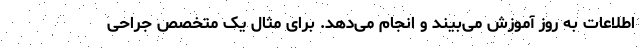
اطلاعات به روز آموزش می‌بیند و انجام می‌دهد. برای مثال یک متخصص جراحی